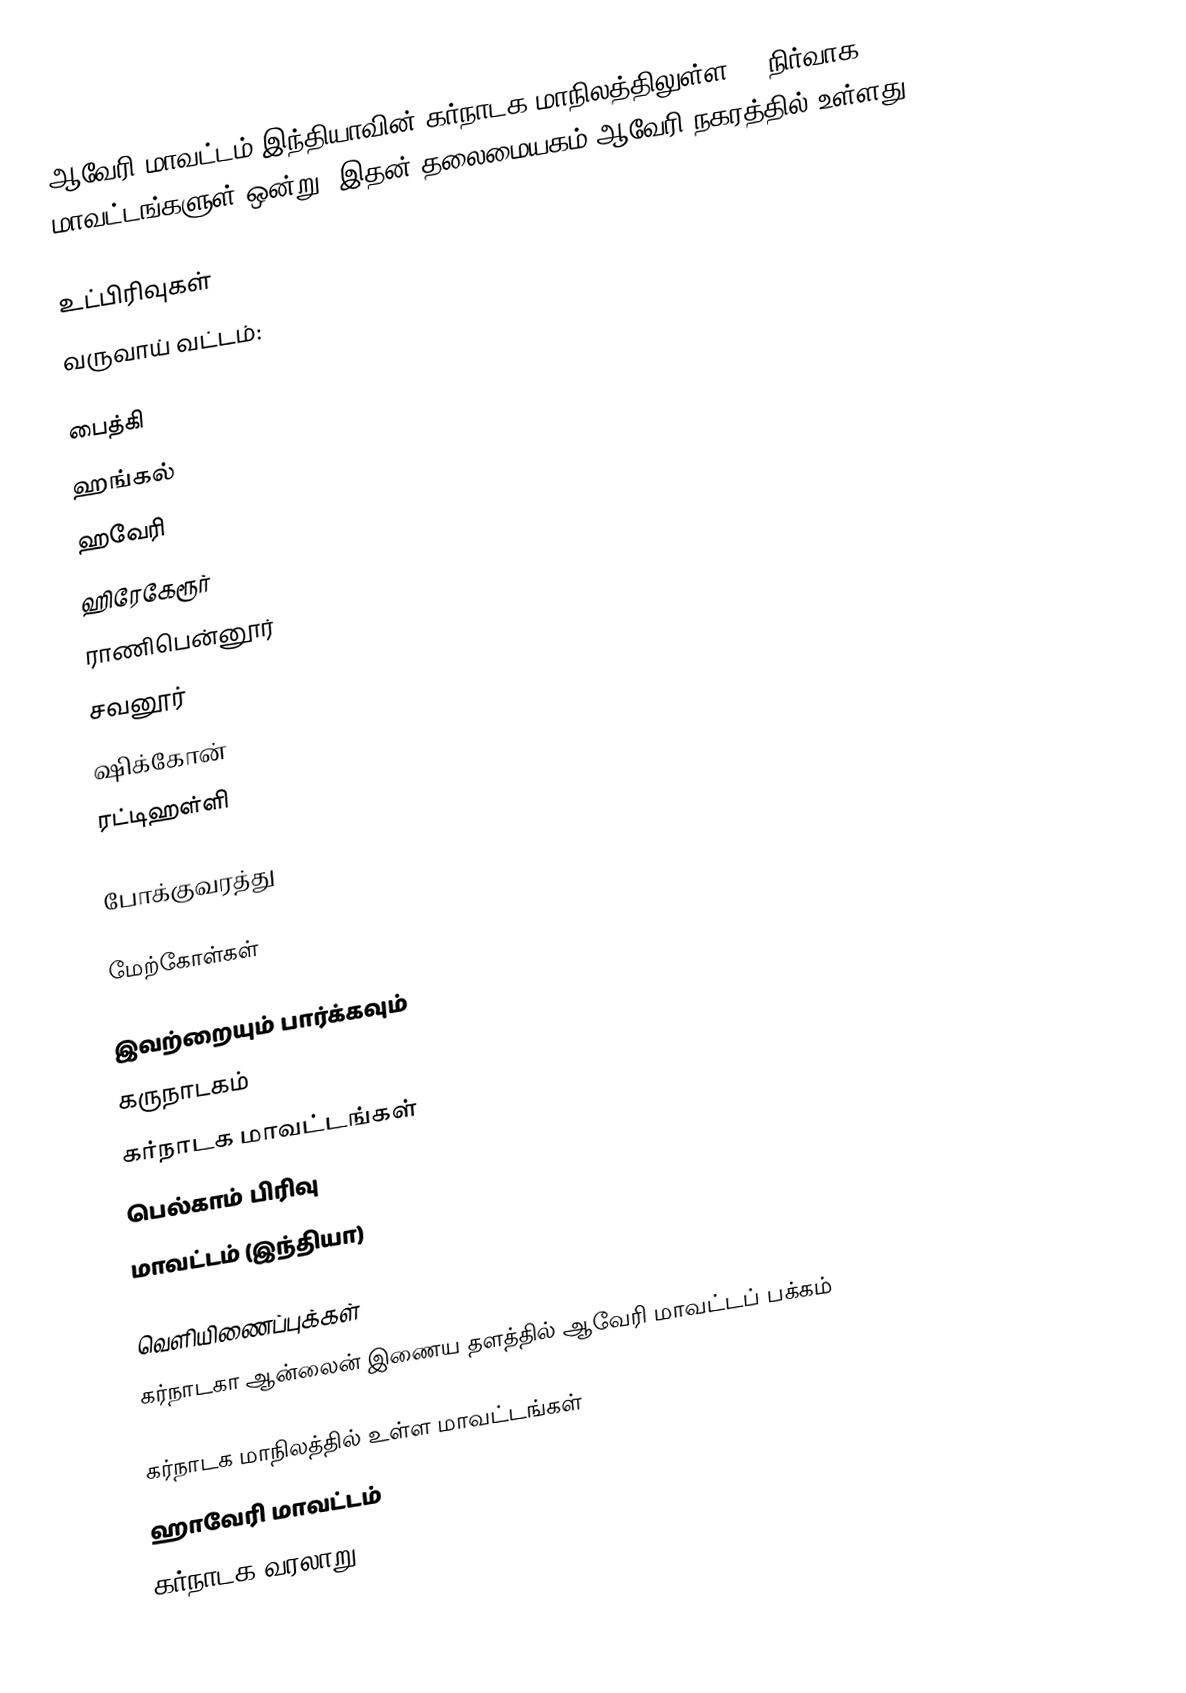
ஆவேரி மாவட்டம் இந்தியாவின் கர்நாடக மாநிலத்திலுள்ள 31 நிர்வாக மாவட்டங்களுள் ஒன்று. இதன் தலைமையகம் ஆவேரி நகரத்தில் உள்ளது.

உட்பிரிவுகள்
வருவாய் வட்டம்:

 பைத்கி
 ஹங்கல்
 ஹவேரி
 ஹிரேகேரூர்
 ராணிபென்னூர்
 சவனூர்
 ஷிக்கோன்
 ரட்டிஹள்ளி

போக்குவரத்து

மேற்கோள்கள்

இவற்றையும் பார்க்கவும்
 கருநாடகம்
 கர்நாடக மாவட்டங்கள்
 பெல்காம் பிரிவு
 மாவட்டம் (இந்தியா)

வெளியிணைப்புக்கள்
 கர்நாடகா ஆன்லைன் இணைய தளத்தில் ஆவேரி மாவட்டப் பக்கம்

கர்நாடக மாநிலத்தில் உள்ள மாவட்டங்கள்
ஹாவேரி மாவட்டம்
கர்நாடக வரலாறு